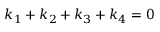
k _ { 1 } + k _ { 2 } + k _ { 3 } + k _ { 4 } = 0